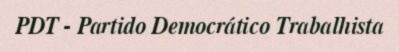
PDT - Partido Democrático Trabalhista